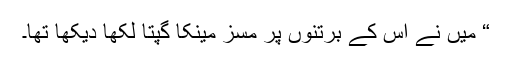
“ میں نے اس کے برتنوں پر مسز مینکا گپتا لکھا دیکھا تھا۔